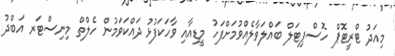
މިއަދު ޓްރީޓޮޕް ހޮސްޕިޓަލް ބައްލަވާލެއްވުމަށްފަހު މީޑިއާއި ވާހަކަފުޅު ދައްކަވަމުން ހެލްތް މިނިސްޓަރ އަބްދު